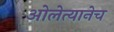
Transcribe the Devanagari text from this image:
ओलेत्यानेच